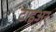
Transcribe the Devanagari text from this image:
टाइअर